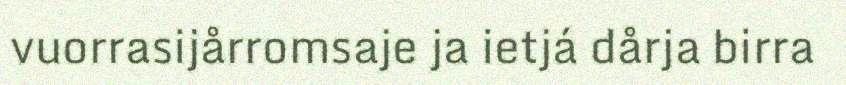
vuorrasijårromsaje ja ietjá dårja birra